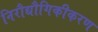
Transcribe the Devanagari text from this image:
निरौद्यौगिकीकरण